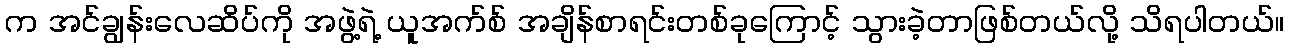
က အင်ချွန်းလေဆိပ်ကို အဖွဲ့ရဲ့ ယူအက်စ် အချိန်စာရင်းတစ်ခုကြောင့် သွားခဲ့တာဖြစ်တယ်လို့ သိရပါတယ်။